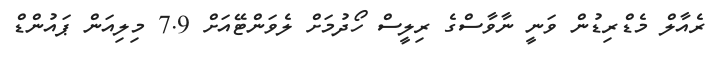
ރެއާލް މެޑްރިޑުން ވަނީ ނާވާސްގެ ރިލީސް ހޯދުމަށް ލެވަންޓޭއަށް 7.9 މިލިއަން ޕައުންޑް